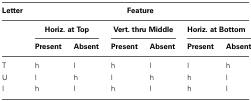
<table><thead><tr><td><b>Letter</b></td><td colspan="6"><b>Feature</b></td></tr><tr><td></td><td colspan="2"><b>Horiz. at Top</b></td><td colspan="2"><b>Vert. thru Middle</b></td><td colspan="2"><b>Horiz. at Bottom</b></td></tr><tr><td></td><td><b>Present</b></td><td><b>Absent</b></td><td><b>Present</b></td><td><b>Absent</b></td><td><b>Present</b></td><td><b>Absent</b></td></tr></thead><tbody><tr><td>T</td><td>h</td><td>l</td><td>h</td><td>l</td><td>l</td><td>h</td></tr><tr><td>U</td><td>l</td><td>h</td><td>l</td><td>h</td><td>h</td><td>l</td></tr><tr><td>I</td><td>h</td><td>l</td><td>h</td><td>l</td><td>h</td><td>l</td></tr></tbody></table>